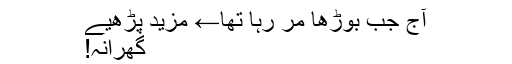
آج جب بوڑھا مر رہا تھا← مزید پڑھیے
گھرانہ!